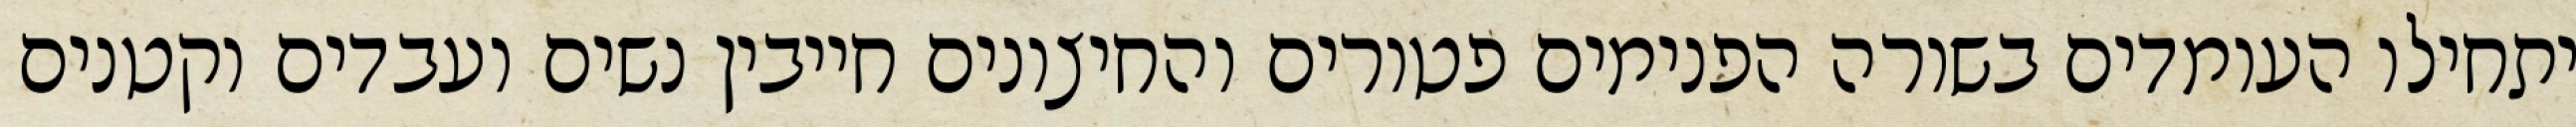
יתחילו העומדים בשורה הפנימים פטורים והחיצונים חייבין נשים ועבדים וקטנים